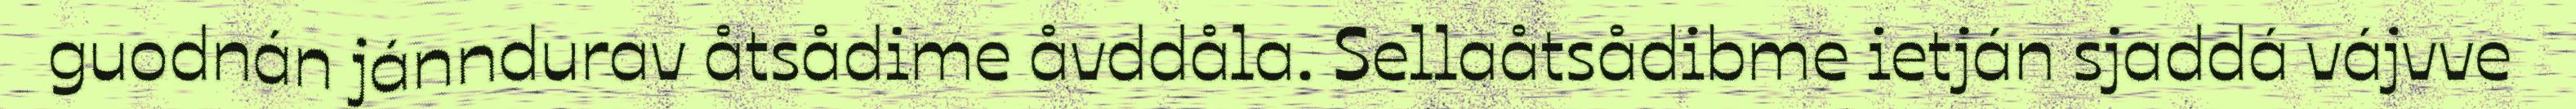
guodnán jánndurav åtsådime åvddåla. Sellaåtsådibme ietján sjaddá vájvve